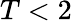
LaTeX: T<2